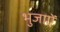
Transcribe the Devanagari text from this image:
भुजाऐं